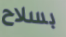
بسلاح